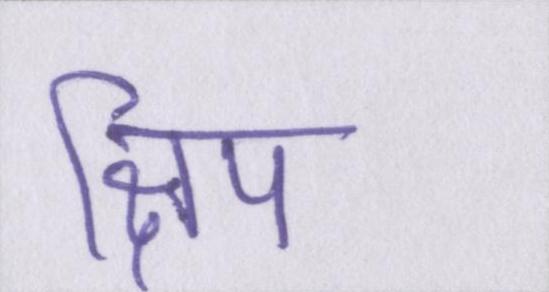
क्षिप